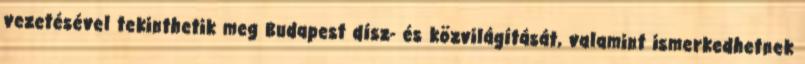
vezetésével tekinthetik meg Budapest dísz- és közvilágítását, valamint ismerkedhetnek